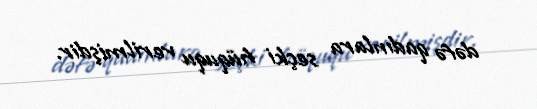
dəfə qadınlara seçki hüququ verilmişdir.